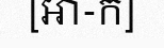
[អា-ក]